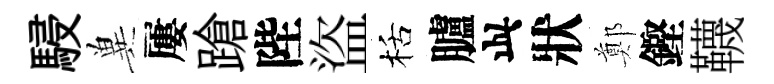
駸兾屢蹌陛盜栝臚此狀鄭鏗韈